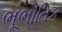
ભૂભૌતિક